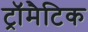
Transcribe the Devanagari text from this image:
ट्रॉमैटिक